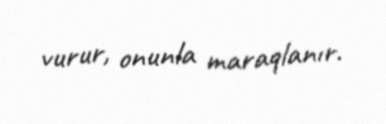
vurur, onunla maraqlanır.